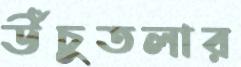
উঁচুতলার